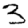
Digit: 3